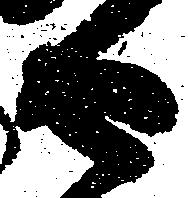
由